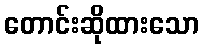
တောင်းဆိုထားသော